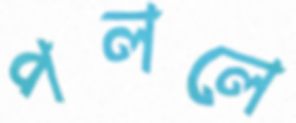
পললে